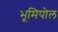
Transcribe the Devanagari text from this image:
भूमिपोल